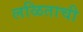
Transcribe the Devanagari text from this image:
लळिताची